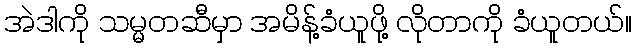
အဲဒါကို သမ္မတဆီမှာ အမိန့်ခံယူဖို့ လိုတာကို ခံယူတယ်။